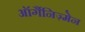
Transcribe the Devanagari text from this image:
ऑर्गैनिज़्मेन